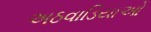
અઠવાડિયાઓ